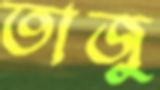
তাজু